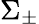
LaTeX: \Sigma_{\pm}